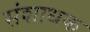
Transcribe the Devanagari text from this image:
संशाधक